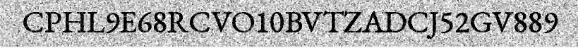
CPHL9E68RCVO10BVTZADCJ52GV889